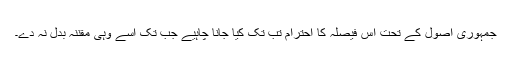
جمہوری اصول کے تحت اس فیصلہ کا احترام تب تک کیا جانا چاہیے جب تک اسے وہی مقنّنہ بدل نہ دے۔